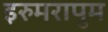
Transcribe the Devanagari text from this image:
इरुमरापुम